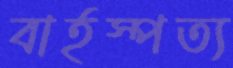
বার্হস্পত্য